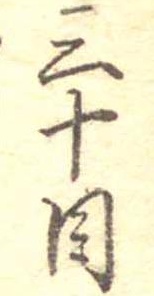
三十目